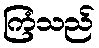
ကြံသည်